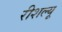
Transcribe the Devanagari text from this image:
रीशल्यू